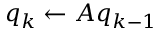
q _ { k } \leftarrow A q _ { k - 1 }